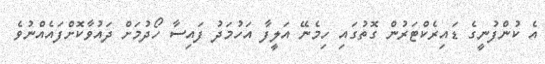
އެ ކުންފުނީގެ ޑައިރެކްޓަރުން ގޮތުގައި ހިމެނޭ އަލީފާ އަހުމަދު ފައިސާ ހޯދުމަށް ދައުވާކޮށްފައެއްނުވެ